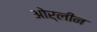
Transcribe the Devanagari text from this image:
ओर्लीन